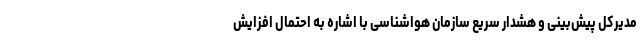
مدیرکل پیش‌بینی و هشدار سریع سازمان هواشناسی با اشاره به احتمال افزایش